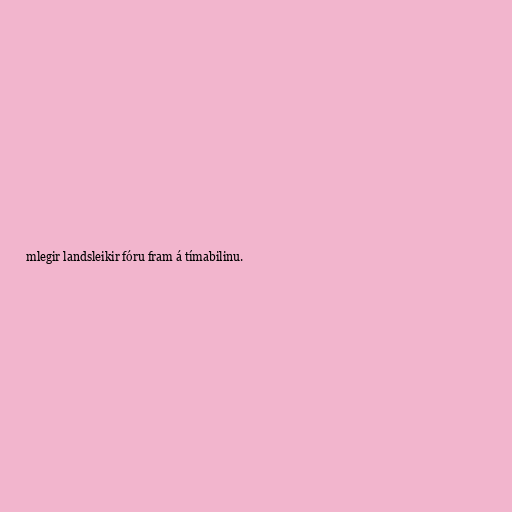
mlegir landsleikir fóru fram á tímabilinu.